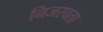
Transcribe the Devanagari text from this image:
निजस्वता